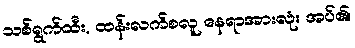
သစ်ရွက်ထီး, ထန်းလက်စလူ နေရာအားလုံး အပ်၏၊